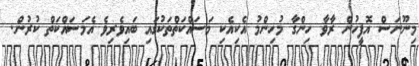
މިނޫނަސް އޮފީހުން ރާވާ ހިންގާ މުހިންމު އެކިއެކި މަސައްކަތްތަކުގައި ބައިވެރިވެ އެމަސައްކަތް ކުރުން.